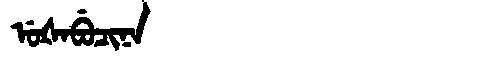
Manchu: ᡠᡧᠠᠪᡠᠴᡳᠨᠠ
Romanization: UŠABUCINA